Vaccination report Assam 1896-1927 - 1896-1927
Year: 1896
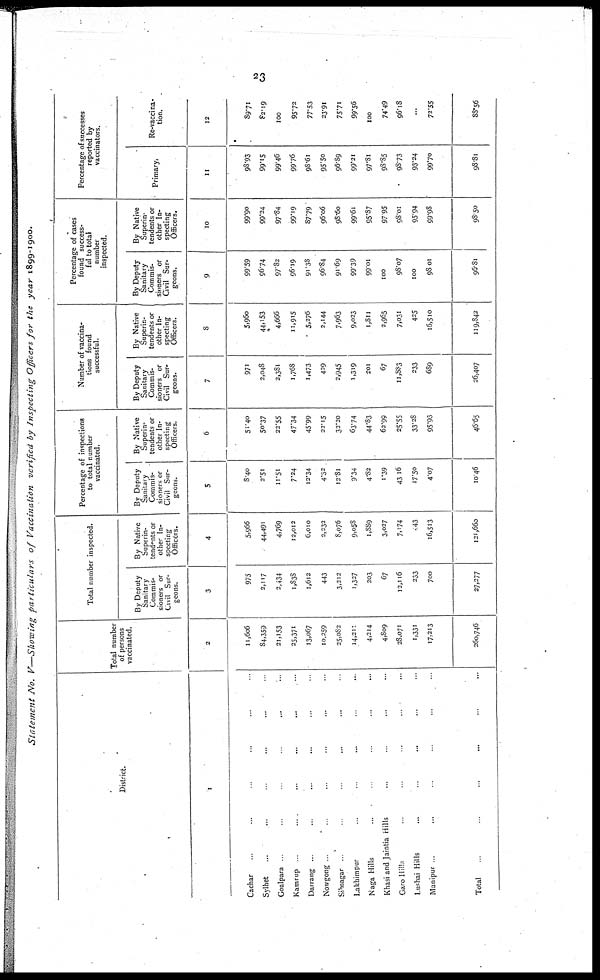
23
Statement No. V—Showing particulars
of Vaccination
verified by Inspecting Officers for the year 1899-1900.
District.
1
Cachar ... ... ... ... ... ...
Sylhet ... ... ... ... ... ...
Goalpara
...
...
...
...
...
Kamrup
... ... ... ... ...
Darrang ... ... ... ... ... ...
Nowgong ... ... ... ... ... ...
Sibsagar ... ... ... ... ... ...
Lakhimpur ... ... ... ... ...
Naga Hills ... ... ... ... ...
Khasi and Jaintia Hills ... ... ... ...
Garo Hills ... ... ... ... ...
Lushai Hills ... ... ... ... ...
Manipur
...
...
... ... ...
Total ... ... ... ... ... ...
Total number
of persons
vaccinated.
2
11,606
84,359
21,153
25,371
13,067
10,259
25,082
14,211
4,214
4,809
28,071
1,331
17,213
260,746
Total number inspected.
By Deputy
Sanitary
Commis-
sioners or
Civil Sur-
geons.
3
975
2,117
2,434
1,838
1,612
443
3,212
1,327
203
67
12,116
233
700
27,277
By Native
Superin-
tendents or
other In-
specting
Officers.
4
5,966
44,491
4,769
12,012
6,010
2,232
8,076
9,058
1,889
3,027
7,174
243
16,513
121,660
Percentage of inspections
to total number
vaccinated.
By Deputy
Sanitary
Commis-
sioners or
Civil Sur-
geons.
5
8.40
2.51
11.51
7.24
12.34
4.32
12.81
9.34
4.82
1.39
43.16
17.50
4.07
10.46
By Native
Superin-
tendents or
other In-
specting
Officers.
6
51.40
50.37
22.55
47.34
45.99
22.15
32.20
63.74
44.83
62.99
25.55
33.28
95.93
46.65
Number of vaccina-
tions found
successful.
By Deputy
Sanitary
Commis-
sioners or
Civil Sur-
geons.
7
971
2,048
2,381
1,768
1,473
429
2,945
1,319
201
67
11,883
233
689
26,407
By Native
Superin-
tendents or
other In-
specting
Officers.
8
5,960
44,153
4,666
11,915
5,276
2,144
7,963
9,023
1,811
2,965
7,031
425
16,510
119,842
Percentage of cases
found success-
--- to total
number
inspected.
By Deputy
Sanitary
Commis-
sioners or
Civil Sur-
geons.
9
99.59
96.74
97.82
96.19
91.38
96.84
91.69
99.39
99.01
100
98.07
100
98.01
96.81
By Native
Superin-
tendents or
other In-
specting
Officers.
10
99.90
99.24
97.84
99.19
87.79
96.06
98.60
99.61
95.87
97.95
98.01
95.94
99.98
98.50
Percentage of successes
reported by
vaccinators.
Primary.
11
98.93
99.15
99.46
99.76
98.61
95.50
96.89
99.21
97.81
98.85
98.73
93.24
99.70
98.81
Re-vaccina-
tion.
12
89.71
82.19
100
95.72
77.53
23.91
75.71
99.56
100
74.49
96.18
...
72.55
88.56